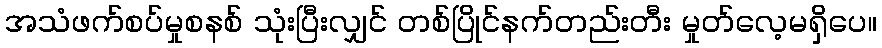
အသံဖက်စပ်မှုစနစ် သုံးပြီးလျှင် တစ်ပြိုင်နက်တည်းတီး မှုတ်လေ့မရှိပေ။